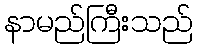
နာမည်ကြီးသည်